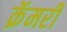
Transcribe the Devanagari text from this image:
क्रॅमरी